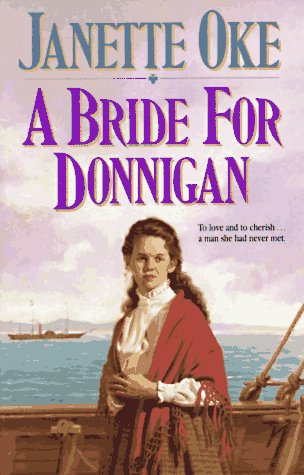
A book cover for A Bride for Donnigan (Women of the West #7); Janette Oke; Religion & Spirituality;